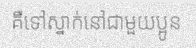
គឺទៅស្នាក់នៅជាមួយប្អូន